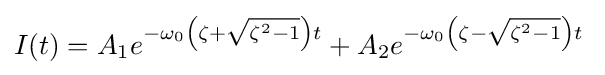
I(t)=A_{1}e^{-\omega _{0}\left(\zeta +{\sqrt {\zeta ^{2}-1}}\right)t}+A_{2}e^{-\omega _{0}\left(\zeta -{\sqrt {\zeta ^{2}-1}}\right)t}\;